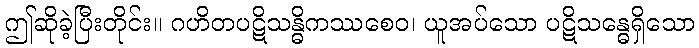
ဤဆိုခဲ့ပြီးတိုင်း။ ဂဟိတပဋိသန္ဓိကဿစေဝ၊ ယူအပ်သော ပဋိသန္ဓေရှိသော